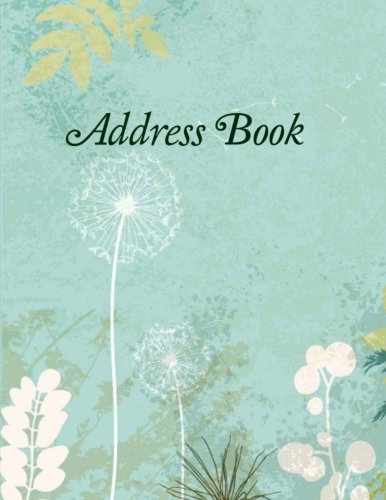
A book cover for Address Book (Simple and  Beautiful Address Books-Jumbo Size-Teal Floral Cover ) (Volume 2); Creative Journals and Planners; Business & Money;